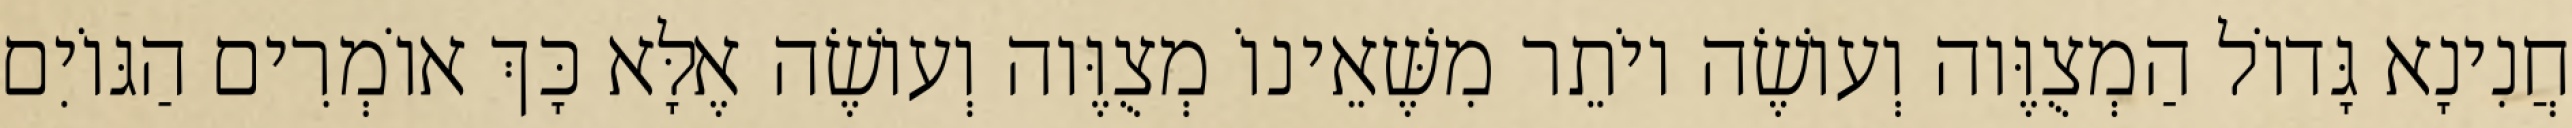
חֲנִינָא גָּדוֹל הַמְצֻוֶּוה וְעוֹשֶׂה יוֹתֵר מִשֶּׁאֵינוֹ מְצֻוֶּוה וְעוֹשֶׂה אֶלָּא כָּךְ אוֹמְרִים הַגּוֹיִם